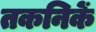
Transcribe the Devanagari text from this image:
तकनिकें